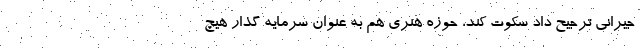
جیرانی ترجیح داد سکوت کند، حوزه هنری هم به عنوان سرمایه گذار هیچ